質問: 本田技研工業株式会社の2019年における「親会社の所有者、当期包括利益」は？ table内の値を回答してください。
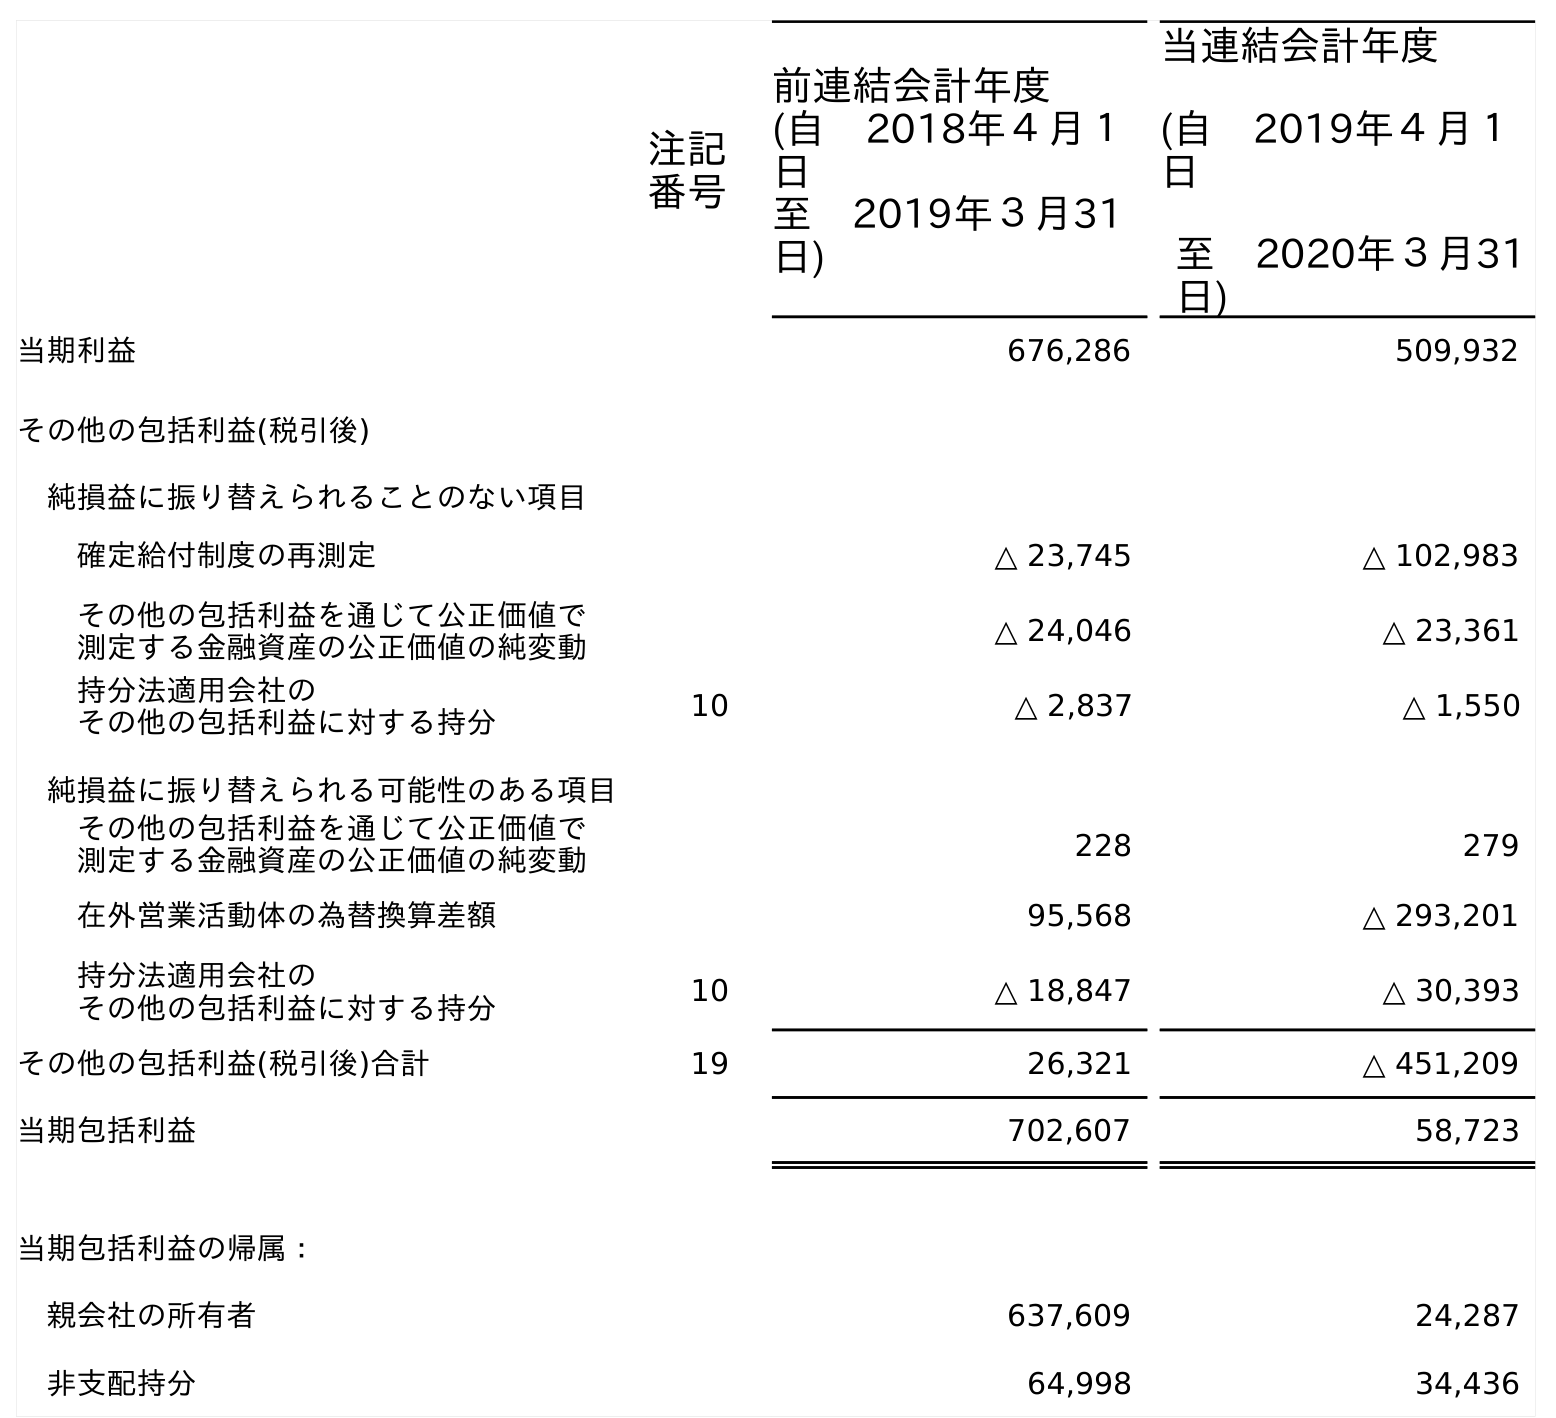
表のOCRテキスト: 注記 番号 前連結会計年度 (自 2018年４月１ 日 至 2019年３月31 日) 当連結会計年度 (自 2019年４月１ 日 至 2020年３月31 日) 当期利益 676,286 509,932 その他の包括利益(税引後) 純損益に振り替えられることのない項目 確定給付制度の再測定 △ 23,745 △ 102,983 その他の包括利益を通じて公正価値で 測定する金融資産の公正価値の純変動 △ 24,046 △ 23,361 持分法適用会社の その他の包括利益に対する持分 10 △ 2,837 △ 1,550 純損益に振り替えられる可能性のある項目 その他の包括利益を通じて公正価値で 測定する金融資産の公正価値の純変動 228 279 在外営業活動体の為替換算差額 95,568 △ 293,201 持分法適用会社の その他の包括利益に対する持分 10 △ 18,847 △ 30,393 その他の包括利益(税引後)合計 19 26,321 △ 451,209 当期包括利益 702,607 58,723 当期包括利益の帰属： 親会社の所有者 637,609 24,287 非支配持分 64,998 34,436
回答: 637,609